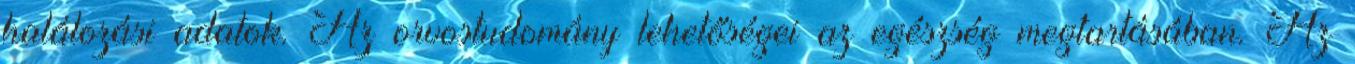
halálozási adatok. Az orvostudomány lehetőségei az egészség megtartásában. Az